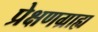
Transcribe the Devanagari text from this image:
प्रेक्षणग्राह्य